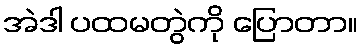
အဲဒါ ပထမတွဲကို ပြောတာ။